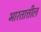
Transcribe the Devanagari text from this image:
भारतात्तील